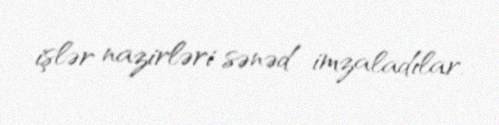
işlər nazirləri sənəd imzaladılar.